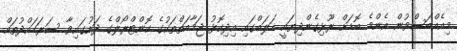
މިއެއްބަސްވުން އެންމެ ބޮޑަށް ރޫޅިގެންދިޔައީ ހަލަބްގައި އިދިކޮޅު ޖަމާއަތްތަކުގެ ކޮންޓްރޯލްގެ ދަށުގައިވާ ސަރަހައްދުތައް